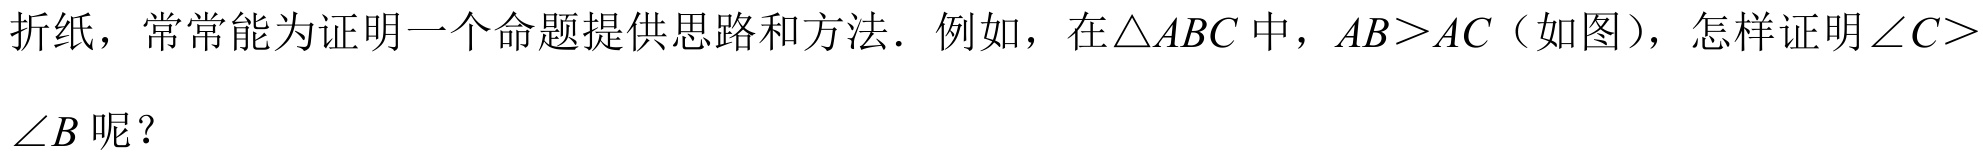
折纸，常常能为证明一个命题提供思路和方法．例如，在\(\triangle ABC\)中，\(AB>AC\)（如图），怎样证明\(\angle C>\angle B\)呢？